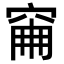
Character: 𥥼